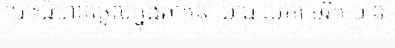
បោះជំហានចូលក្នុងឆាកនយោបាយអាមេរិក បាន